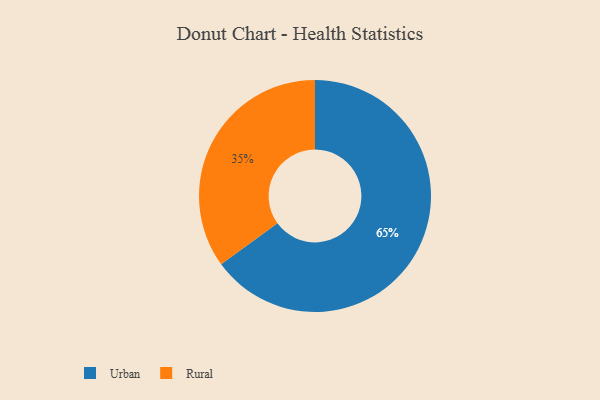
{"axis": {"x": "Category", "y": "Percentage"}, "legend": ["Rural", "Urban"], "data": [{"x": "Rural", "y": 35, "type": "Rural"}, {"x": "Urban", "y": 65, "type": "Urban"}]}